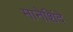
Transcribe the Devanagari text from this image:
मानेशिंदे